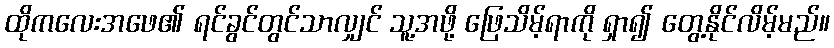
ထိုကလေးအဖေ၏ ရင်ခွင်တွင်သာလျှင် သူ့အဖို့ ဖြေသိမ့်ရာကို ရှာ၍ တွေ့နိုင်လိမ့်မည်။